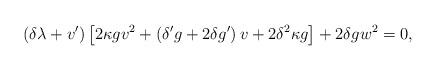
LaTeX: \begin{align*} \left(\delta\lambda+v'\right)\left[2 \kappa g v^{2} + \left(\delta' g+ 2 \delta g'\right)v+ 2 \delta^{2} \kappa g \right] + 2\delta g w^{2}=0,\end{align*}